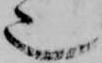
也